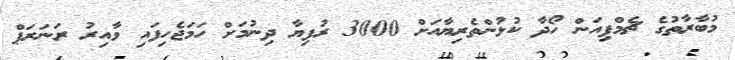
މުބާރާތުގެ ޗެމްޕިއަން ހޯދާ ކުޅުންތެރިޔާއަށް 3000 ރުފިޔާ ދިނުމަށް ހަމަޖެހިފައި ވާއިރު ރަނަރަޕް